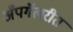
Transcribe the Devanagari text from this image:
अँपगॅलरीत